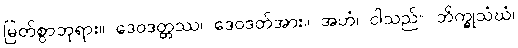
မြတ်စွာဘုရား။ ဒေဝဒတ္တဿ၊ ဒေဝဒတ်အား။ အဟံ၊ ငါသည်။ ဘိက္ခုသံဃံ၊